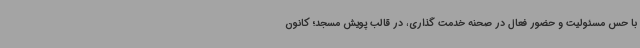
با حس مسئولیت و حضور فعال در صحنه خدمت گذاری، در قالب پویش مسجد؛ کانون